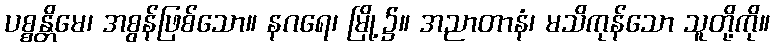
ပစ္စန္တိမေ၊ အစွန်ဖြစ်သော။ နဂရေ၊ မြို့၌။ အညာတာနံ၊ မသိကုန်သော သူတို့ကို။